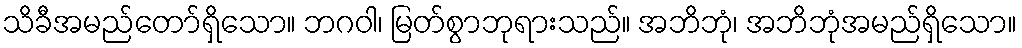
သိခီအမည်တော်ရှိသော။ ဘဂဝါ၊ မြတ်စွာဘုရားသည်။ အဘိဘုံ၊ အဘိဘုံအမည်ရှိသော။